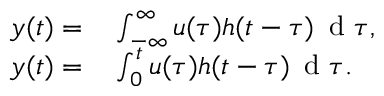
\begin{array} { r l } { y ( t ) = } & { { } \int _ { - \infty } ^ { \infty } u ( \tau ) h ( t - \tau ) \, \mathrm { ~ d ~ } \tau , } \\ { y ( t ) = } & { { } \int _ { 0 } ^ { t } u ( \tau ) h ( t - \tau ) \, \mathrm { ~ d ~ } \tau . } \end{array}